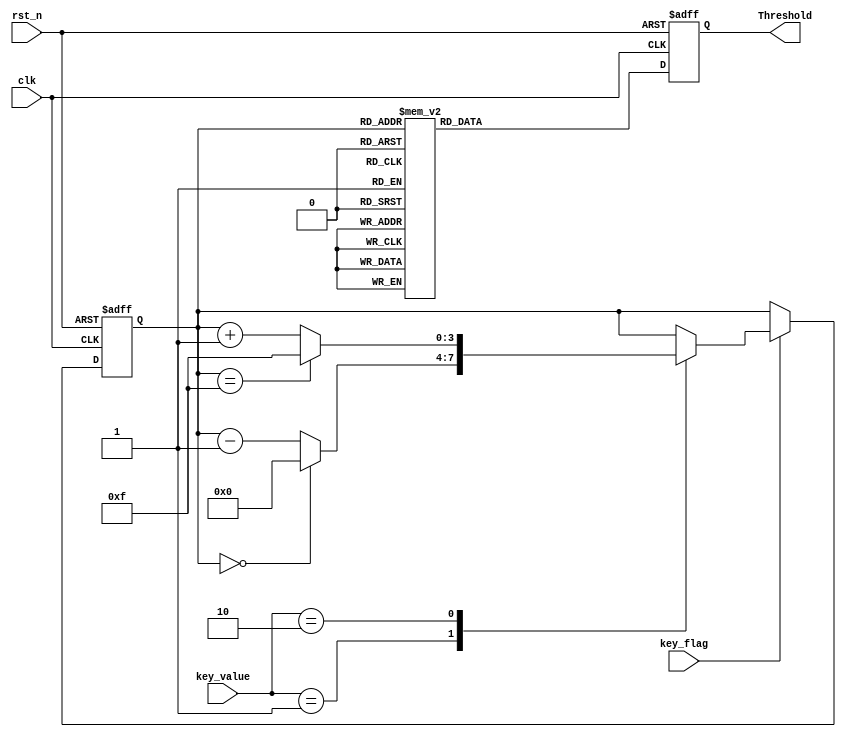
`timescale 1ns/1ns
module Threshold_Adj
(
	//global clock
	input				clk,  		//100MHz
	input				rst_n,		//global reset
	
	//user interface
	input				key_flag,		//key down flag
	input		[1:0]	key_value,		//key control data
	
	output	reg	[7:0]	Threshold	//Threshold Grade output
);
reg [3:0] Threshold_Grade;
always@(posedge clk or negedge rst_n)
begin 
	if(!rst_n)
		Threshold_Grade <= 8'h9;
	else if(key_flag)
		begin 
		case(key_value) 
			2'b01:	Threshold_Grade <= (Threshold_Grade == 0)  ? 8'b0 : Threshold_Grade - 1'b1;
			2'b10: 	Threshold_Grade <= (Threshold_Grade == 15) ? 8'hf : Threshold_Grade + 1'b1;
			default: ;
		endcase 
		end 
end 
always@(posedge clk or negedge rst_n)
begin 
	if(!rst_n)
		Threshold <= 8'd100;
	else 
	begin 
	case(Threshold_Grade)
	4'h0:	Threshold <= 8'd10;
	4'h1:	Threshold <= 8'd20;
	4'h2:	Threshold <= 8'd30;
	4'h3:	Threshold <= 8'd40;
	4'h4:	Threshold <= 8'd50;
	4'h5:	Threshold <= 8'd60;
	4'h6:	Threshold <= 8'd70;
	4'h7:	Threshold <= 8'd80;
	4'h8:	Threshold <= 8'd90;
	4'h9:	Threshold <= 8'd100;
	4'ha:	Threshold <= 8'd110;
	4'hb:	Threshold <= 8'd120;
	4'hc:	Threshold <= 8'd130;
	4'hd:	Threshold <= 8'd140;
	4'he:	Threshold <= 8'd150;
	4'hf:	Threshold <= 8'd160;
	default:;
	endcase
	end 
end 

endmodule